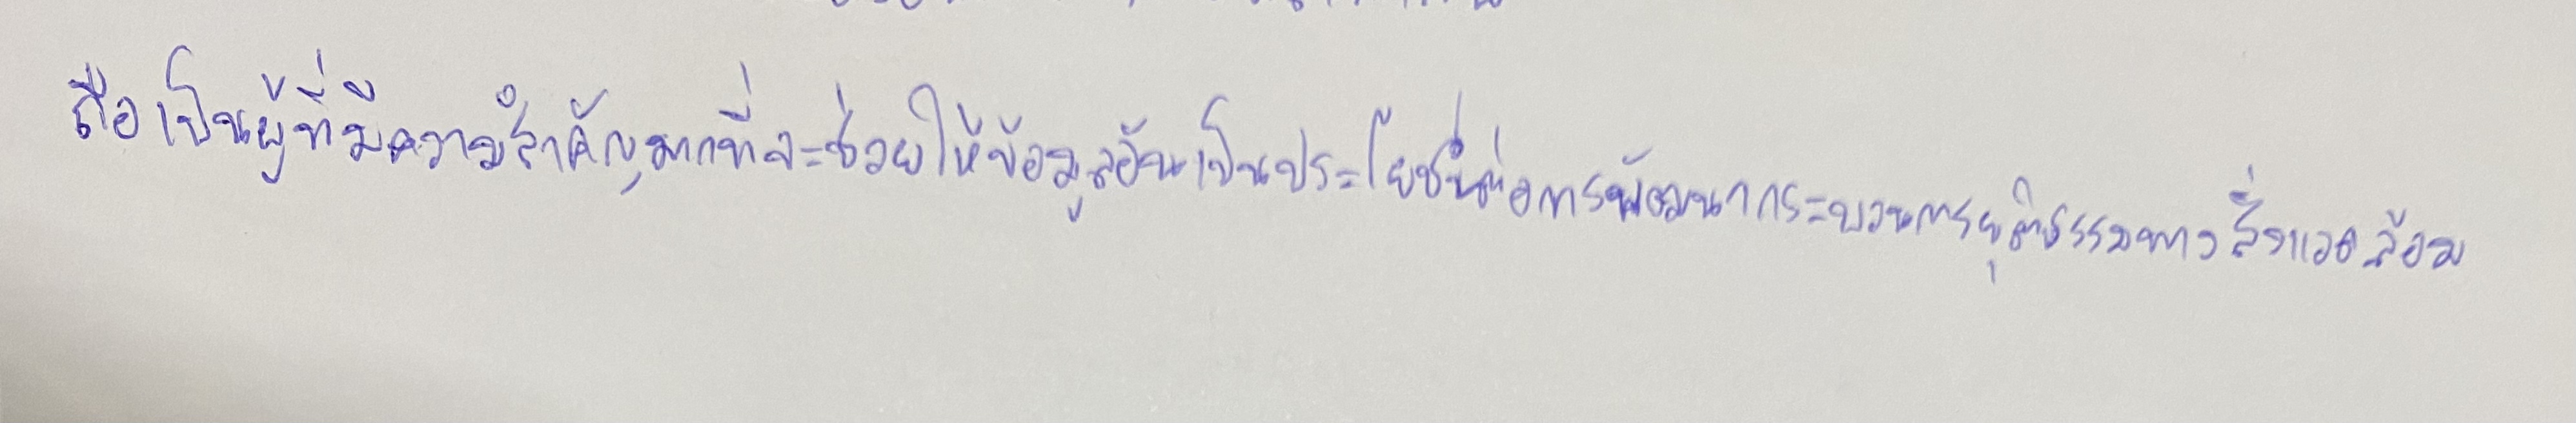
ถือเป็นผู้ที่มีความสำคัญมากที่จะช่วยให้ข้อมูลอันเป็นประโยชน์ต่อการพัฒนากระบวนการยุติธรรมทางสิ่งแวดล้อม